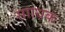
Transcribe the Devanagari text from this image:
सााधक